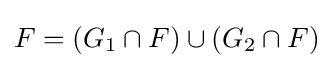
F=(G_{1}\cap F)\cup (G_{2}\cap F)